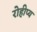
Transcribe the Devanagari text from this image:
रोहीप्य